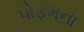
પોફમના